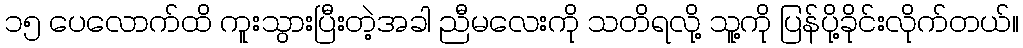
၁၅ ပေလောက်ထိ ကူးသွားပြီးတဲ့အခါ ညီမလေးကို သတိရလို့ သူ့ကို ပြန်ပို့ခိုင်းလိုက်တယ်။